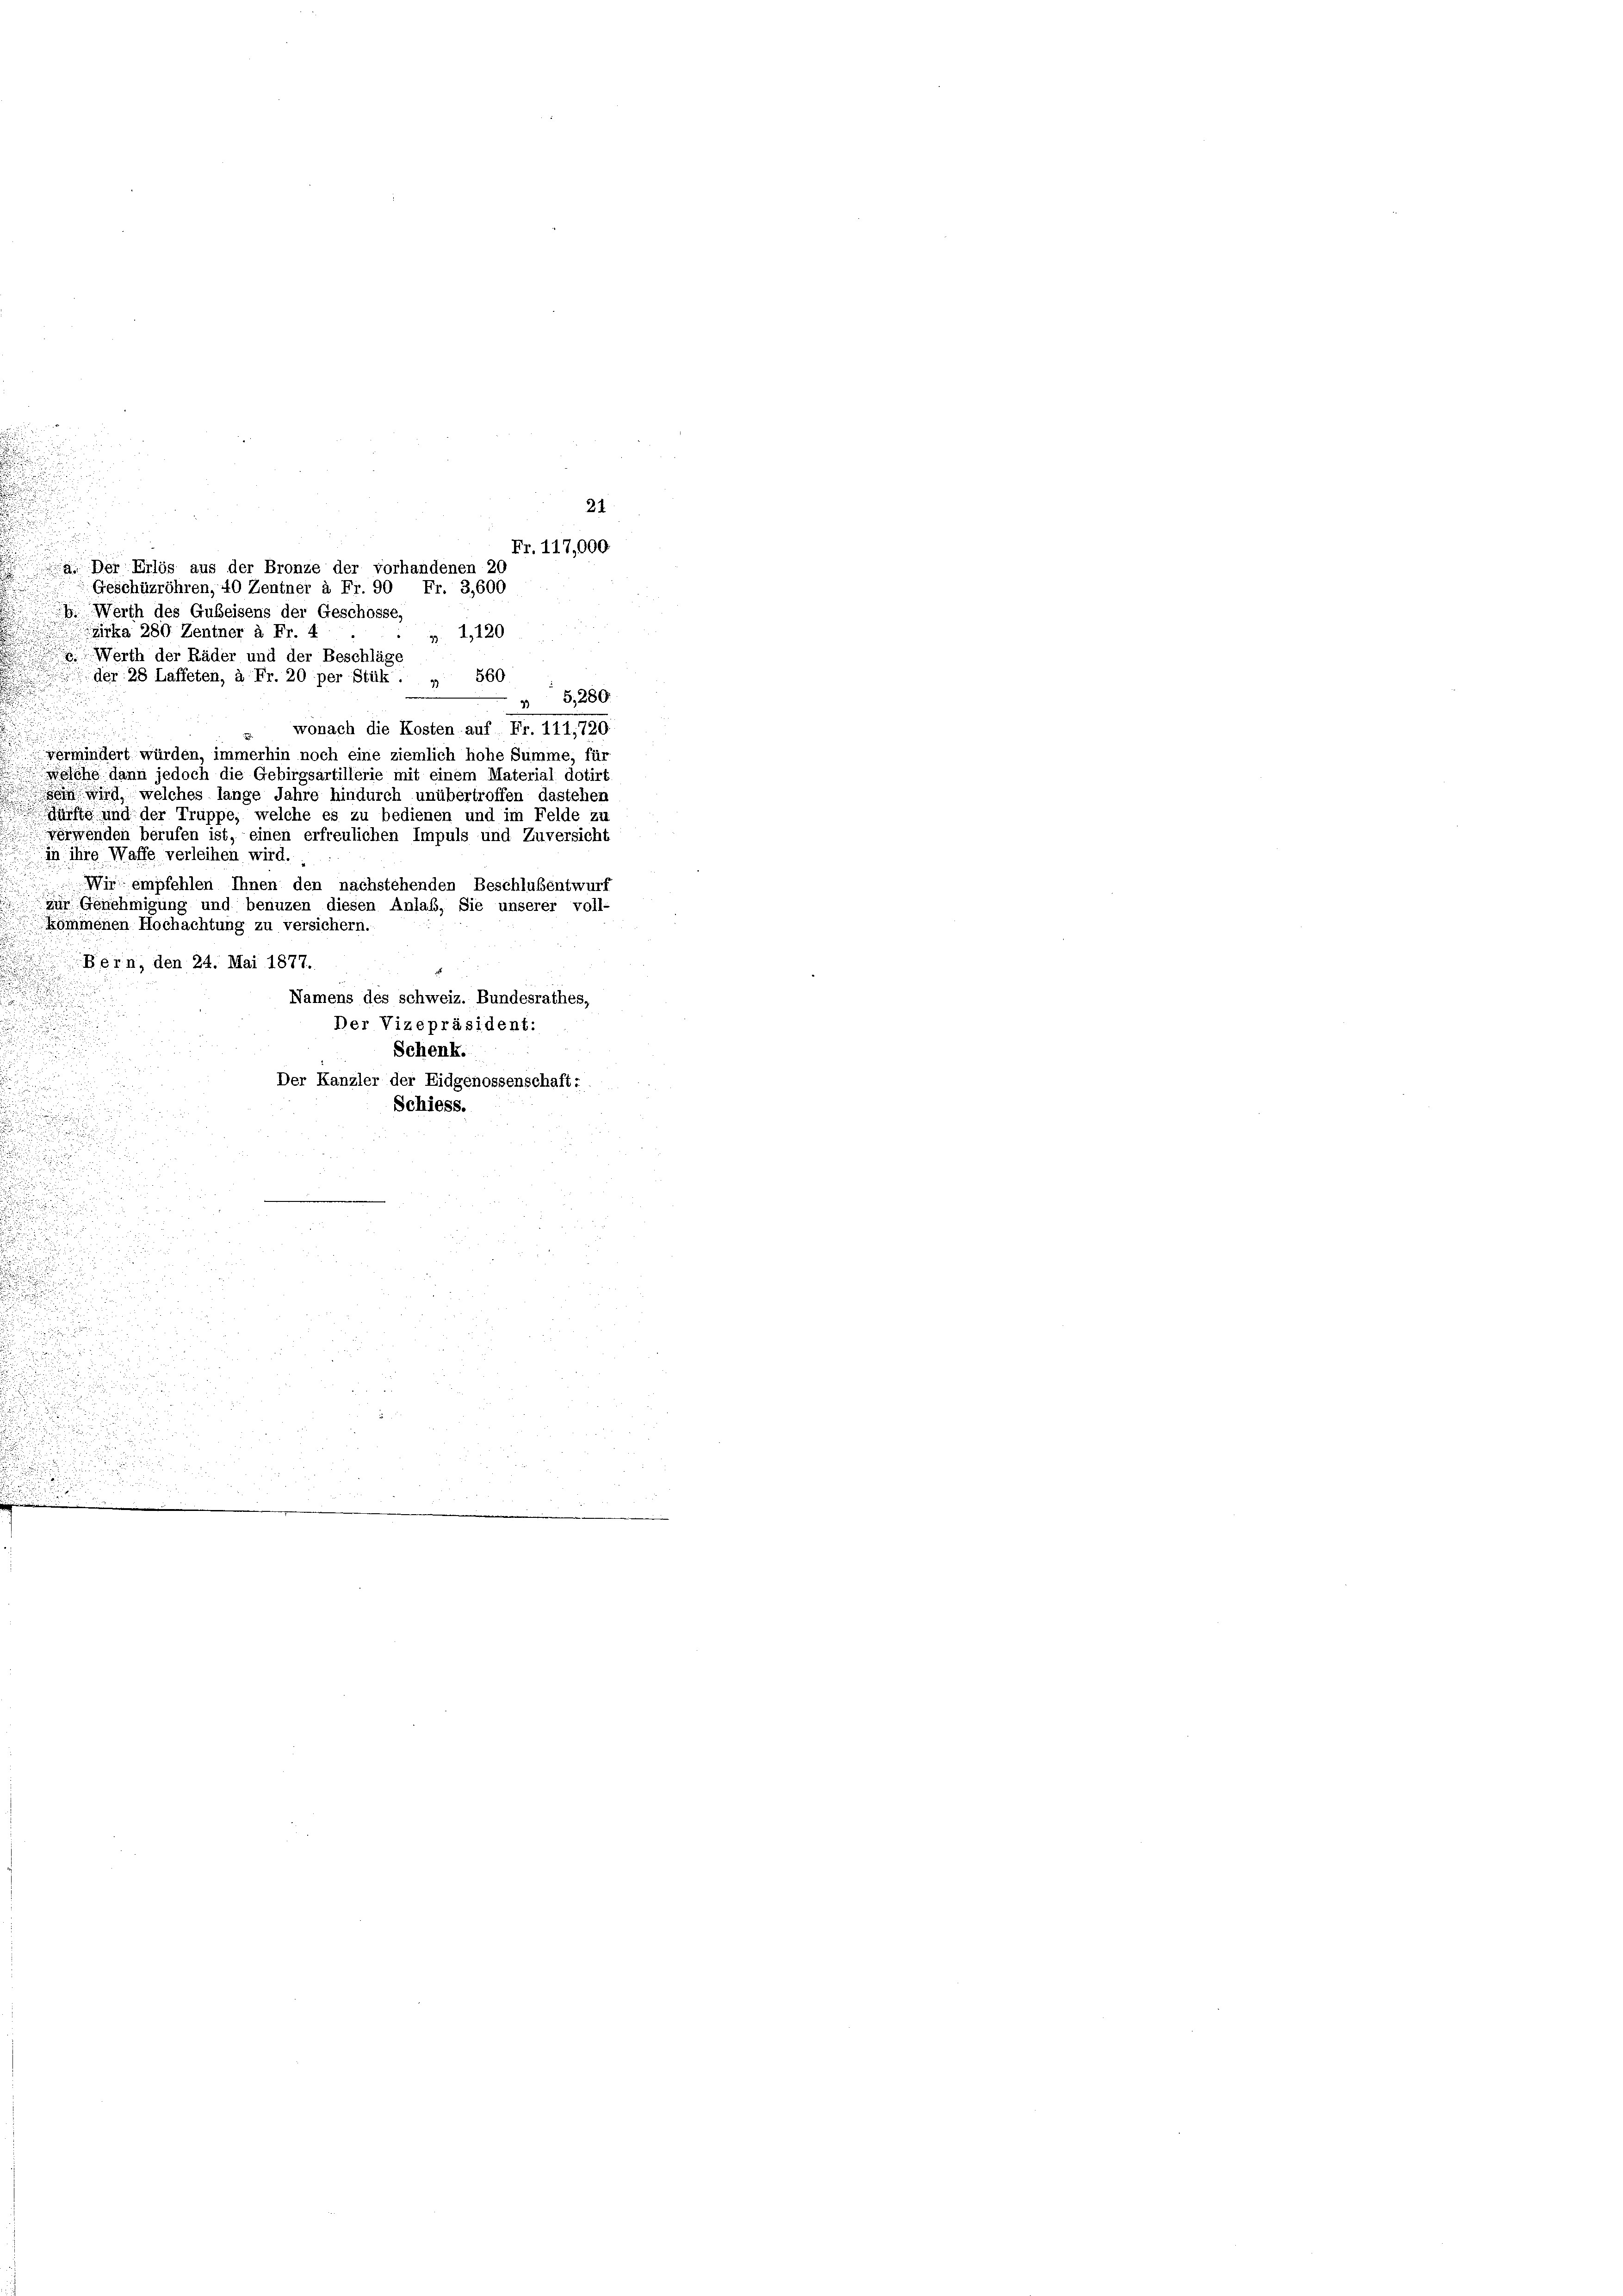
21
Fr. 117,000
a. Der Erlös aus der Bronze der vorhandenen 20
Geschüzröhren, 40 Zentner à Fr. 90 Fr. 3,600
 Werth des Gubeisens der Geschosse,
irka 280 Zentner à Fr. 4
 2, 120
 Werth der Räder und der Beschläge
der 28 Laffeten, à Fr. 20 per Stük. „ 560
5,280.
wonach die Kosten auf Fr. 111,720

vermindert würden, immerhin noch eine ziemlich hohe Summe, für
welche dann jedoch die Gebirgsartillerie mit einem Material dotirt
sein wird, welches lange Jahre hindurch unübertroffen dastehen
ürfte und der Truppe, welche es zu bedienen und im Felde zu
verwenden berufen ist, einen erfreulichen Impuls und Zuversicht
in ihre Waffe verleihen wird.
Wir empfehlen Ihnen den nachstehenden Beschlußentwurf
zur Genehmigung und benuzen diesen Anlaß, Sie unserer voll-
kommenen Hochachtung zu versichern.
Bern, den 24. Mai 1877.
Namens des schweiz. Bundesrathes,
Der Vizepräsident:

Schenk.
u
Der Kanzler der Eidgenossenschaft:
Schiess.
u

.
u
.
n
e
u

u
d

.
2

e
.

u

e

u

 u. die
n
n
.

e
.